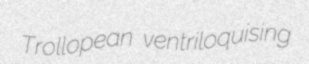
Trollopean ventriloquising